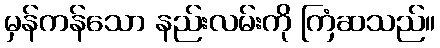
မှန်ကန်သော နည်းလမ်းကို ကြံဆသည်။